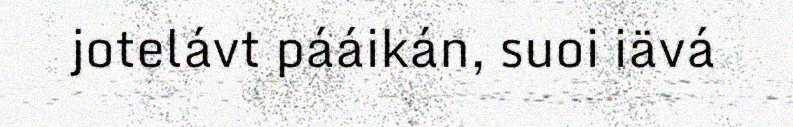
jotelávt pááikán, suoi iävá